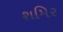
શમિર